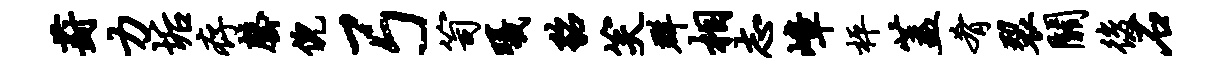
葑力垢存罄倪弓笥曦貂笑群相志嶂枰盖肴裂关后石